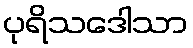
ပုရိသဒေါသာ